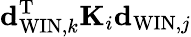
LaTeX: {\mathbf d}_{\mathrm{WIN},k}^{\mathrm{T}}{\mathbf K}_{i}{\mathbf d}_{\mathrm{WIN},j}